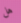
هل